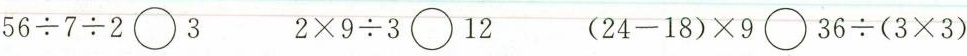
$$5 6 \div 7 \div 2 \bigcirc 3$$ $$2 \times 9 \div 3 \bigcirc 1 2$$ $$( 2 4 - 1 8 ) \times 9 \bigcirc 3 6 \div ( 3 \times 3 )$$